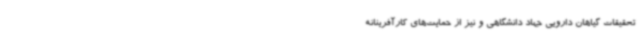
تحقیقات گیاهان دارویی جهاد دانشگاهی و نیز از حمایت‌های کارآفرینانه